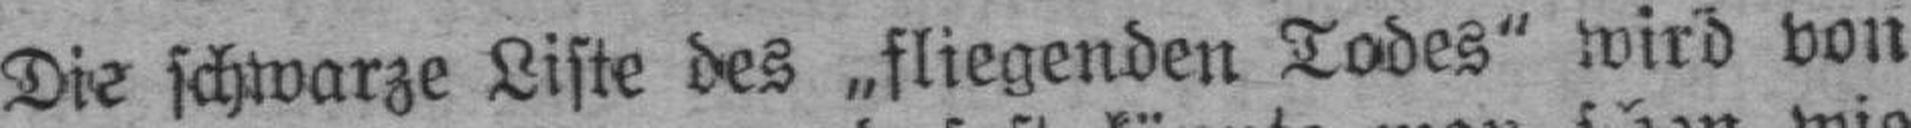
Die schwarze Liste des „fliegenden Todes“ wird von